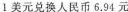
1美元兑换人民币6.94元